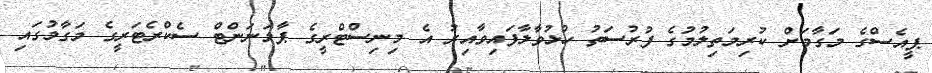
ޕީއެސްގެ މަގާމަށް ކުރިމަތިލުމުގެ ފުރުސަތު ހުޅުވާލާފައިވާއިރު އެ މިނިސްޓްރީގެ ޕާމަނަންޓް ސެކްރެޓަރީގެ މަގާމުގައި